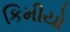
કિમીયો